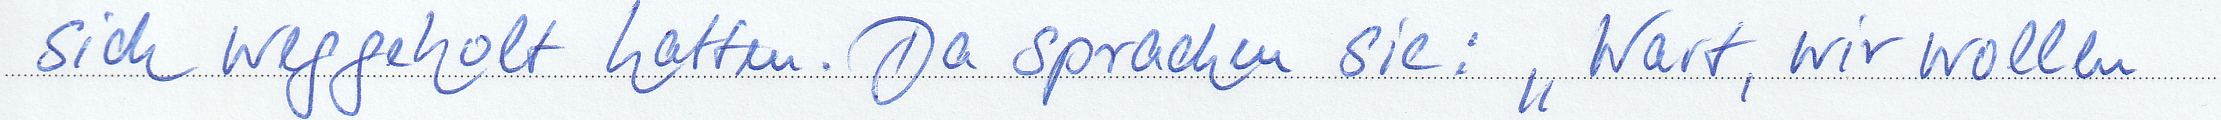
sich weggeholt hatten. Da sprachen sie: Wart, wir wollen